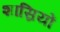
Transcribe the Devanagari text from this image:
शास्रियों